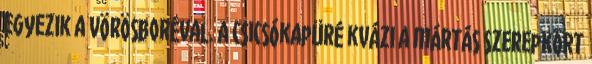
egyezik a vörösboréval. A csicsókapüré kvázi a mártás szerepkört